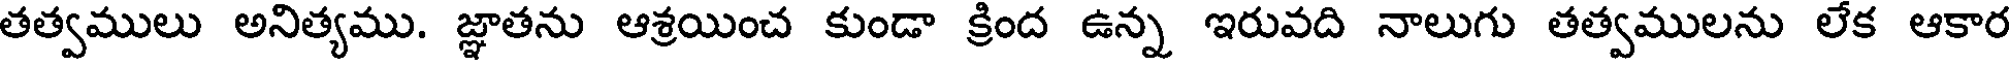
తత్వములు అనిత్యము. జ్ఞాతను ఆశ్రయించ కుండా క్రంద ఉన్న ఇరువది నాలుగు తత్వములను లేక ఆకార